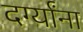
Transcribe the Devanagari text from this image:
दर्ग्यांना